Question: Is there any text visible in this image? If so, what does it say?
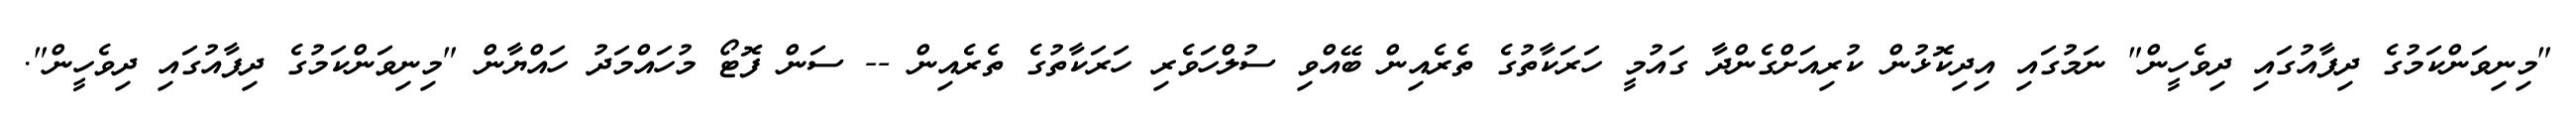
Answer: "މިނިވަންކަމުގެ ދިފާއުގައި ދިވެހީން" ނަމުގައި އިދިކޮޅުން ކުރިއަށްގެންދާ ގައުމީ ހަރަކާތުގެ ތެރެއިން ބޭއްވި ސުލްހަވެރި ހަރަކާތުގެ ތެރެއިން -- ސަން ފޮޓޯ މުހައްމަދު ހައްޔާން "މިނިވަންކަމުގެ ދިފާއުގައި ދިވެހީން".